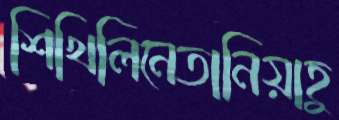
শিখিলিনেতানিয়াহু